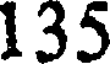
135